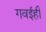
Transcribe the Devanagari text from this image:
गवईही